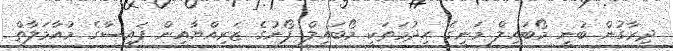
ދިރާގުން ބުނީ މޯބައިލް މަނީގެ ހިދުމަތަކީ މޯބައިލް ފޯނުގެ ޒަރިއްޔާއިން ފައިސާގެ މުއާމަލާތް